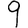
Digit: 9